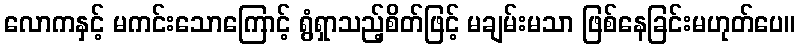
လောကနှင့် မကင်းသောကြောင့် ရွံရှာသည့်စိတ်ဖြင့် မချမ်းမသာ ဖြစ်နေခြင်းမဟုတ်ပေ။